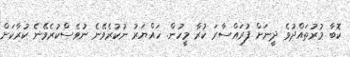
ކޮބާ މުރުތައްދުވެ ދީނަށް ފުރައްސާރަ ކުރާ މީހުން. ހައްޔަރު ނުކުރެވޭނެ ނުވެސްކުރެވޭނެ ކުރާކަށް